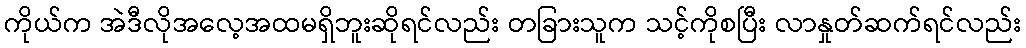
ကိုယ်က အဲဒီလိုအလေ့အထမရှိဘူးဆိုရင်လည်း တခြားသူက သင့်ကိုစပြီး လာနှုတ်ဆက်ရင်လည်း